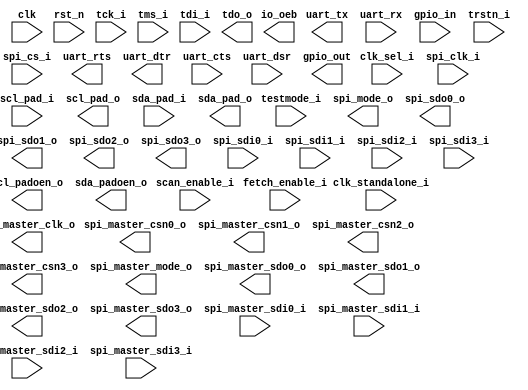
module pulpino_top (
  // Clock and Reset
  input                clk,
  input                rst_n,

  input                clk_sel_i,
  input                clk_standalone_i,
  input                testmode_i,
  input                fetch_enable_i,
  input                scan_enable_i,

  //SPI Slave
  input                spi_clk_i,
  input                spi_cs_i,
  output  [1:0]        spi_mode_o,
  output               spi_sdo0_o,
  output               spi_sdo1_o,
  output               spi_sdo2_o,
  output               spi_sdo3_o,
  input                spi_sdi0_i,
  input                spi_sdi1_i,
  input                spi_sdi2_i,
  input                spi_sdi3_i,

  //SPI Master
  output               spi_master_clk_o,
  output               spi_master_csn0_o,
  output               spi_master_csn1_o,
  output               spi_master_csn2_o,
  output               spi_master_csn3_o,
  output  [1:0]        spi_master_mode_o,
  output               spi_master_sdo0_o,
  output               spi_master_sdo1_o,
  output               spi_master_sdo2_o,
  output               spi_master_sdo3_o,
  input                spi_master_sdi0_i,
  input                spi_master_sdi1_i,
  input                spi_master_sdi2_i,
  input                spi_master_sdi3_i,

  input                scl_pad_i,
  output               scl_pad_o,
  output               scl_padoen_o,
  input                sda_pad_i,
  output               sda_pad_o,
  output               sda_padoen_o,

  output               uart_tx,
  input                uart_rx,
  output               uart_rts,
  output               uart_dtr,
  input                uart_cts,
  input                uart_dsr,

  input         [31:0] gpio_in,
  output        [31:0] gpio_out,
  // output        [31:0] gpio_dir,
  // output       [191:0] gpio_padcfg,

  // JTAG signals
  input                tck_i,
  input                trstn_i,
  input                tms_i,
  input                tdi_i,
  output               tdo_o,

  // PULPino specific pad config
  // output       [191:0] pad_cfg_o,
  // output        [31:0] pad_mux_o,

  // drive low to enable output
  output        [32:0] io_oeb
);

endmodule